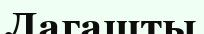
Лагашты